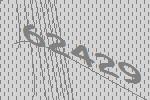
62429